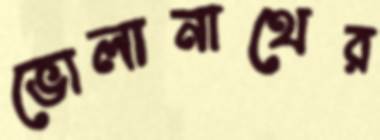
ভোলানাথের